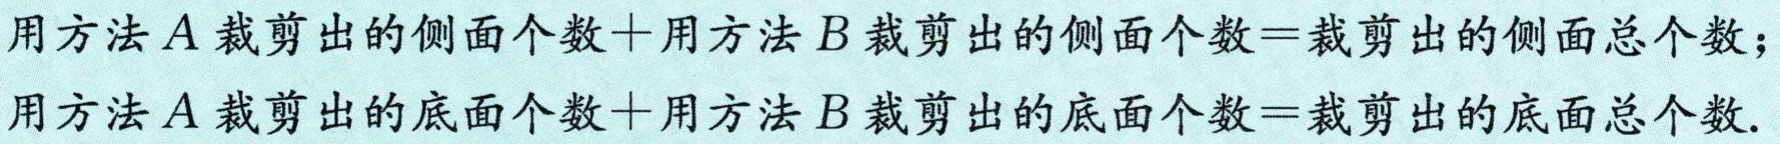
用方法\(A\)裁剪出的侧面个数+用方法\(B\)裁剪出的侧面个数=裁剪出的侧面总个数；
用方法\(A\)裁剪出的底面个数+用方法\(B\)裁剪出的底面个数=裁剪出的底面总个数.